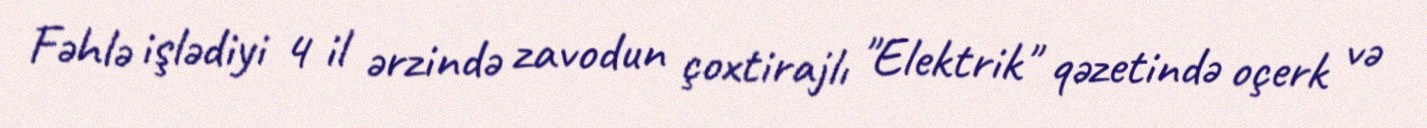
Fəhlə işlədiyi 4 il ərzində zavodun çoxtirajlı "Elektrik" qəzetində oçerk və